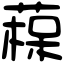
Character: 𦹂